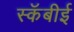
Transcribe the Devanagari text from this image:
स्कॅबीई